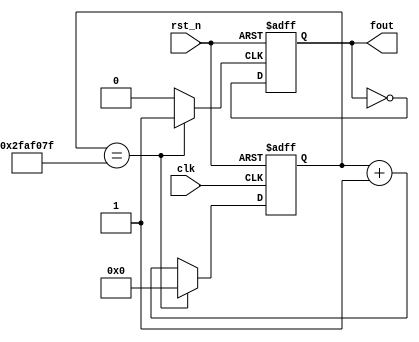
`timescale 1ns / 1ps
//////////////////////////////////////////////////////////////////////////////////
// Company: 
// Engineer: 
// 
// Design Name: 
// Module Name: lab6_1fre1hz
// Project Name: 
// Target Devices: 
// Tool Versions: 
// Description: 
// 
// Dependencies: 
// 
// Revision:
// Revision 0.01 - File Created
// Additional Comments:
// 
//////////////////////////////////////////////////////////////////////////////////


module lab6_2fre1hz(
fout, // divided clock output
clk, // global clock input
rst_n // active low reset
);
output fout; // divided output
input clk; // global clock input
input rst_n; // active low reset
reg [26:0] cnt_tmp,cnt;
reg clk_tmp,s_cnt,s_cnt_tmp; // input to dff (in always block)
always @*
if(cnt == 49999999) cnt_tmp = 0;
else cnt_tmp = cnt + 27'd1;
//clk_temp 0.5s
always @*
if(cnt == 49999999) clk_tmp = 1;
else clk_tmp = 0;
always @*
s_cnt_tmp = ~s_cnt ;
assign fout = s_cnt;
//Flip flop with 0.5s freq
always @(posedge clk_tmp or negedge rst_n)
if (~rst_n) s_cnt <= 0;
else s_cnt <= s_cnt_tmp;
// Flip flops
always @(posedge clk or negedge rst_n)
if (~rst_n) cnt <= 27'b0;
else cnt <= cnt_tmp;
endmodule